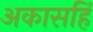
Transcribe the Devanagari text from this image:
अकासहिं